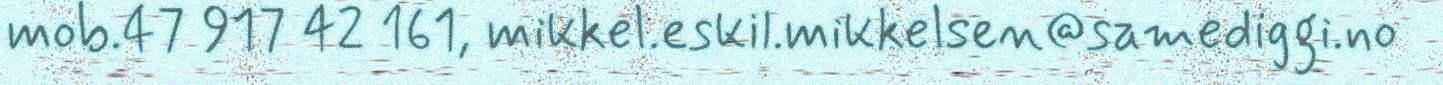
mob.47 917 42 161, mikkel.eskil.mikkelsen@samediggi.no